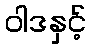
ဝါဒနှင့်